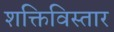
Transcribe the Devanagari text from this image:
शक्तिविस्तार